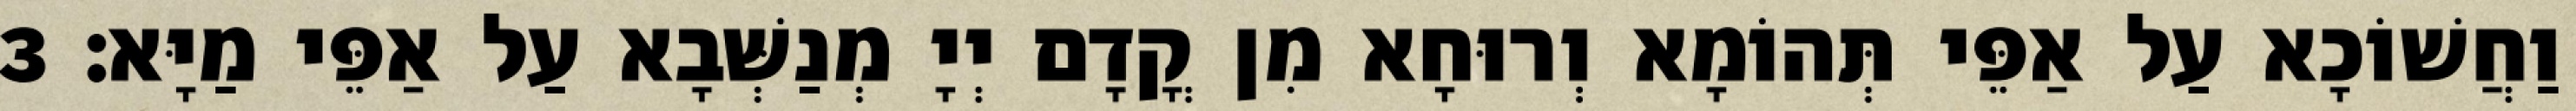
וַחֲשׁוֹכָא עַל אַפֵּי תְּהוֹמָא וְרוּחָא מִן קֳדָם יְיָ מְנַשְּׁבָא עַל אַפֵּי מַיָּא׃ 3